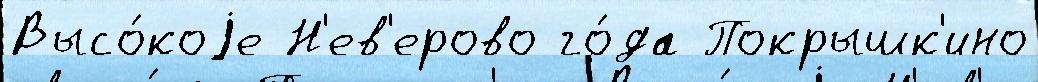
Высо́коjе Н'ев'ерово го́да Покрышк'ино